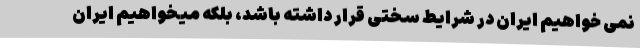
نمی خواهیم ایران در شرایط سختی قرار داشته باشد، بلکه میخواهیم ایران